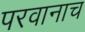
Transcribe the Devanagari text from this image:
परवानाच